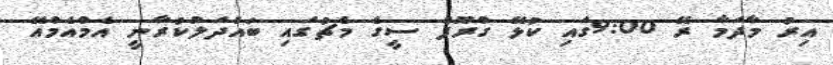
އިރު މާދަމާ ރޭ 9:00ގައި ކުޅޭ ގްރޫޕް ސީގެ މެޗުގައި ބައްދަލުކުރާނީ އެމްއެމްއޭ